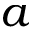
a